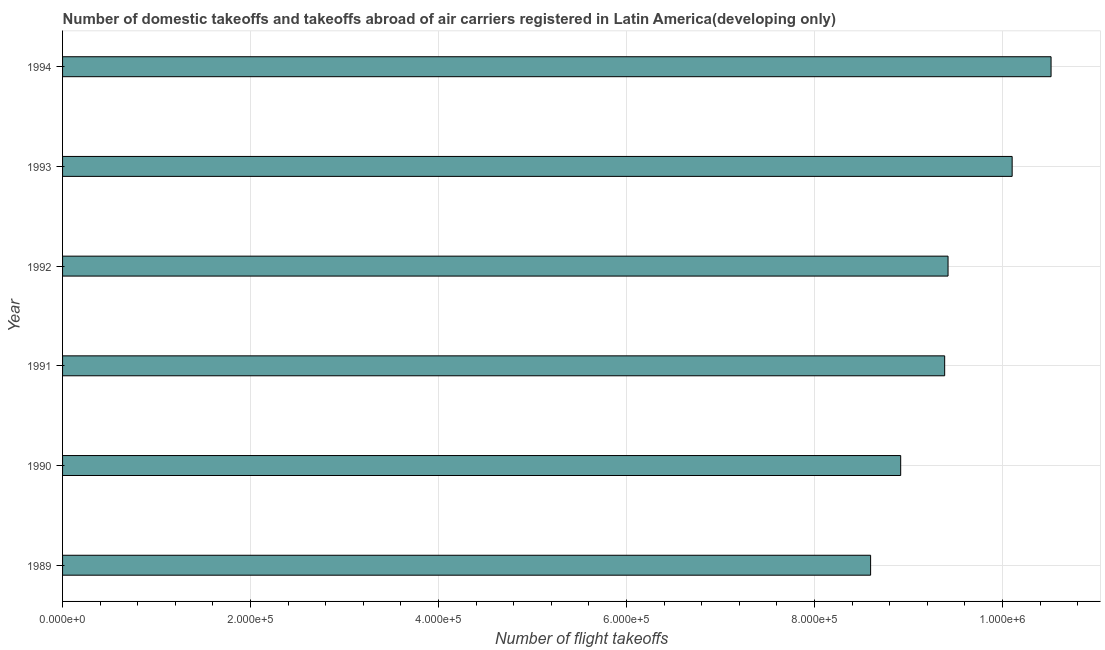
| Year | Air transport |
 | --- | --- |
 | 1989 | 8.6e+05 |
 | 1990 | 8.92e+05 |
 | 1991 | 9.38e+05 |
 | 1992 | 9.42e+05 |
 | 1993 | 1.01e+06 |
 | 1994 | 1.05e+06 |